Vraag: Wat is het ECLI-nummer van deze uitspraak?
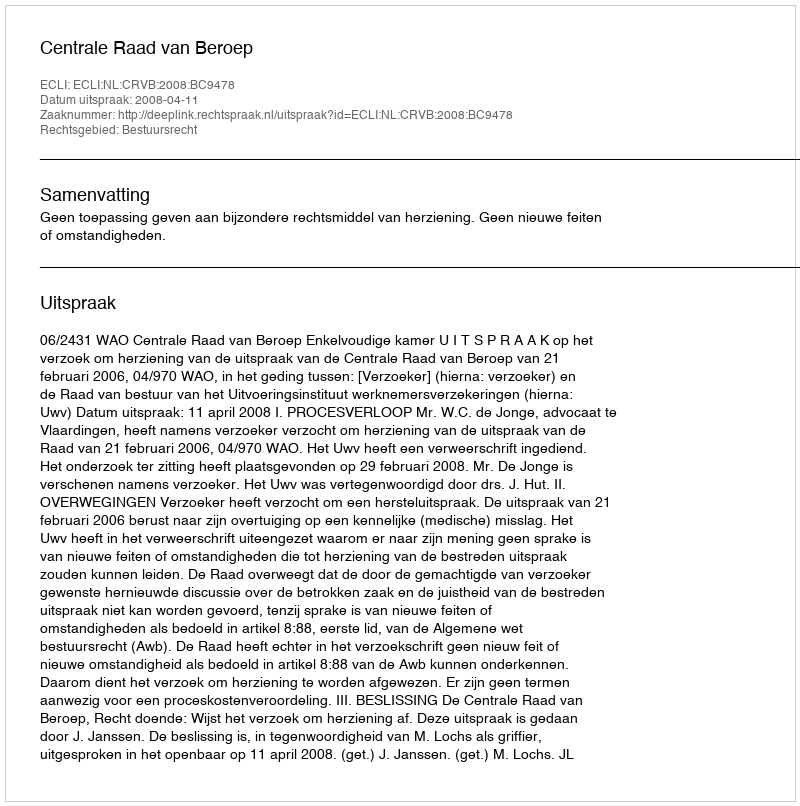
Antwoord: ECLI:NL:CRVB:2008:BC9478